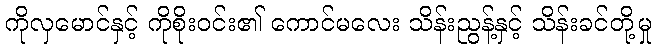
ကိုလှမောင်နှင့် ကိုစိုးဝင်း၏ ကောင်မလေး သိန်းညွန့်နှင့် သိန်းခင်တို့မှု